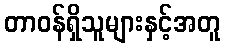
တာဝန်ရှိသူများနှင့်အတူ